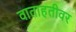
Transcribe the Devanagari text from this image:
वाताहतीवर